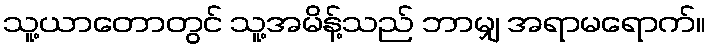
သူ့ယာတောတွင် သူ့အမိန့်သည် ဘာမျှ အရာမရောက်။